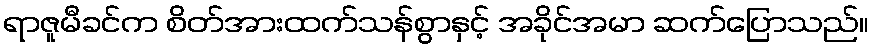
ရာဇူမီခင်က စိတ်အားထက်သန်စွာနှင့် အခိုင်အမာ ဆက်ပြောသည်။